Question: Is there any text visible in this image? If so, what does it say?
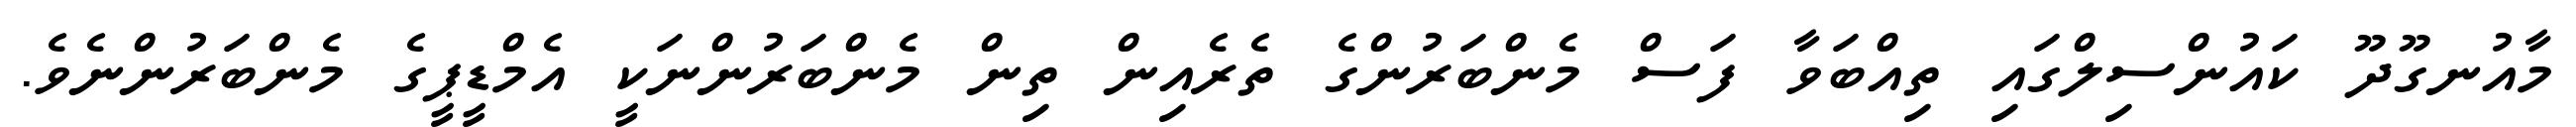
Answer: މާއުނގޫދޫ ކައުންސިލްގައި ތިއްބަވާ ފަސް މެންބަރުންގެ ތެރެއިން ތިން މެންބަރުންނަކީ އެމްޑީޕީގެ މެންބަރުންނެވެ.